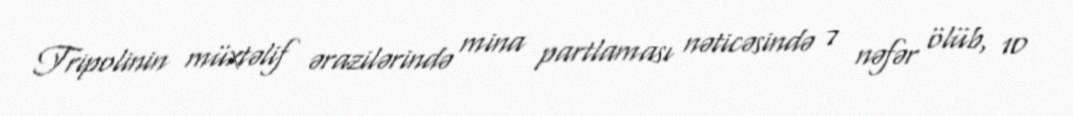
Tripolinin müxtəlif ərazilərində mina partlaması nəticəsində 7 nəfər ölüb, 10